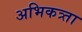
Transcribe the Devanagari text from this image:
अभिकत्र्ता